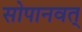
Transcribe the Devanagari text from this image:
सोपानवत्‌